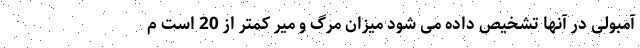
آمبولی در آنها تشخیص داده می شود میزان مرگ و میر کمتر از 20 است م